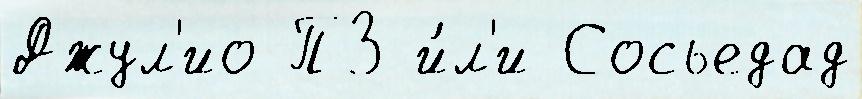
Джул'ио ПЗ и́л'и Сосьедад